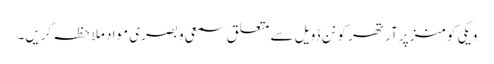
ویکی کومنز پر آرتھر کونن ڈویل سے متعلق سمعی و بصری مواد ملاحظہ کریں۔